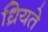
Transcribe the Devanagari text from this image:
ध्रियते